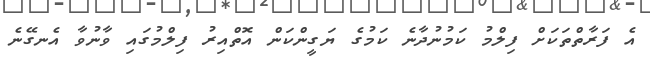
އެ ފަރާތްތަކަށް ފިލްމު ކަމުނުދާނެ ކަމުގެ ޔަގީންކަން އޮތްއިރު ފިލްމުގައި ވާނުވާ އެނގޭނެ